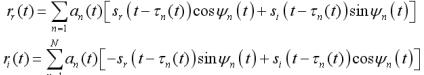
\[
\begin{align*}
r_{r}(t)&=\sum_{n = 1}^{N}a_{n}(t)\left[s_{r}(t - \tau_{n}(t))\cos\psi_{n}(t)+s_{i}(t - \tau_{n}(t))\sin\psi_{n}(t)\right]\\
r_{i}(t)&=\sum_{n = 1}^{N}a_{n}(t)\left[-s_{r}(t - \tau_{n}(t))\sin\psi_{n}(t)+s_{i}(t - \tau_{n}(t))\cos\psi_{n}(t)\right]
\end{align*}
\]